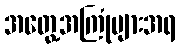
အတွေ့အကြုံများအရ